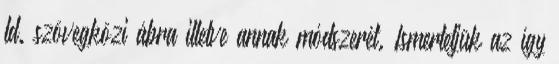
ld. szövegközi ábra illetve annak módszerét. Ismertetjük az így